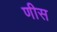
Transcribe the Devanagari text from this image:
णीस